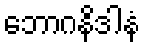
ဘောဂနိဒါနံ